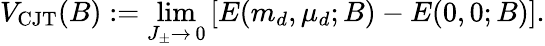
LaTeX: V_{\mathrm{CJT}}(B):=\operatorname*{lim}_{J_{\pm}\to\, 0}\left[E(m_{d},\mu_{d};B)-E(0,0;B)\right].